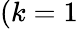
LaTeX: (k=1